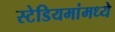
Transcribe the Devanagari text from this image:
स्टेडियमांमध्ये